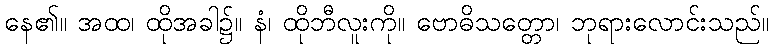
နေ၏။ အထ၊ ထိုအခါ၌။ နံ၊ ထိုဘီလူးကို။ ဗောဓိသတ္တော၊ ဘုရားလောင်းသည်။